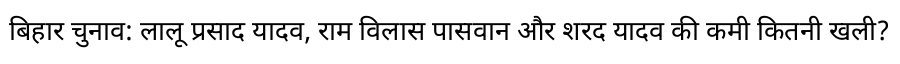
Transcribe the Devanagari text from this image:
बिहार चुनाव: लालू प्रसाद यादव, राम विलास पासवान और शरद यादव की कमी कितनी खली?